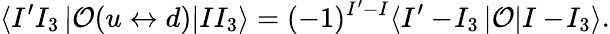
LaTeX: \langle I^{\prime}I_{3}\left|{\cal O}(u\leftrightarrow d)\right|II_{3}\rangle=(-1)^{I^{\prime}-I}\langle I^{\prime}-\! I_{3}\left|{\cal O}\right|I-\! I_{3}\rangle.